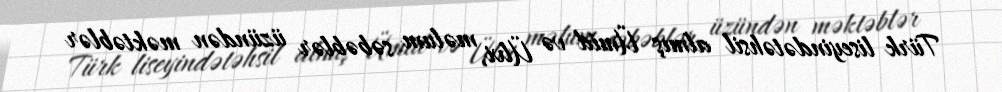
Türk liseyindətəhsil almış Ümid və Ülvi, məlum səbəblər üzündən məktəblər